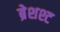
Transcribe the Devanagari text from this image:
ब्रेशश्ट